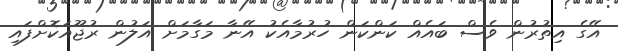
އޭގެ އިތުރުން ވެސް ބައެއް ކަންކަން ހުރުމާއެކު އޭނާ މަގާމަށް އަލުން ރުޖޫއަކޮށްފައި